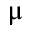
\upmu